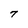
Character: 7